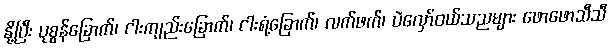
နို့ပြီး ပုစွန်ခြောက်၊ ငါးကျည်းခြောက်၊ ငါးရံ့ခြောက်၊ လက်ဖက်၊ ပဲလှော်ဝယ်သညများ ဖောဖောသီသီ